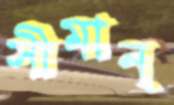
সীমান্